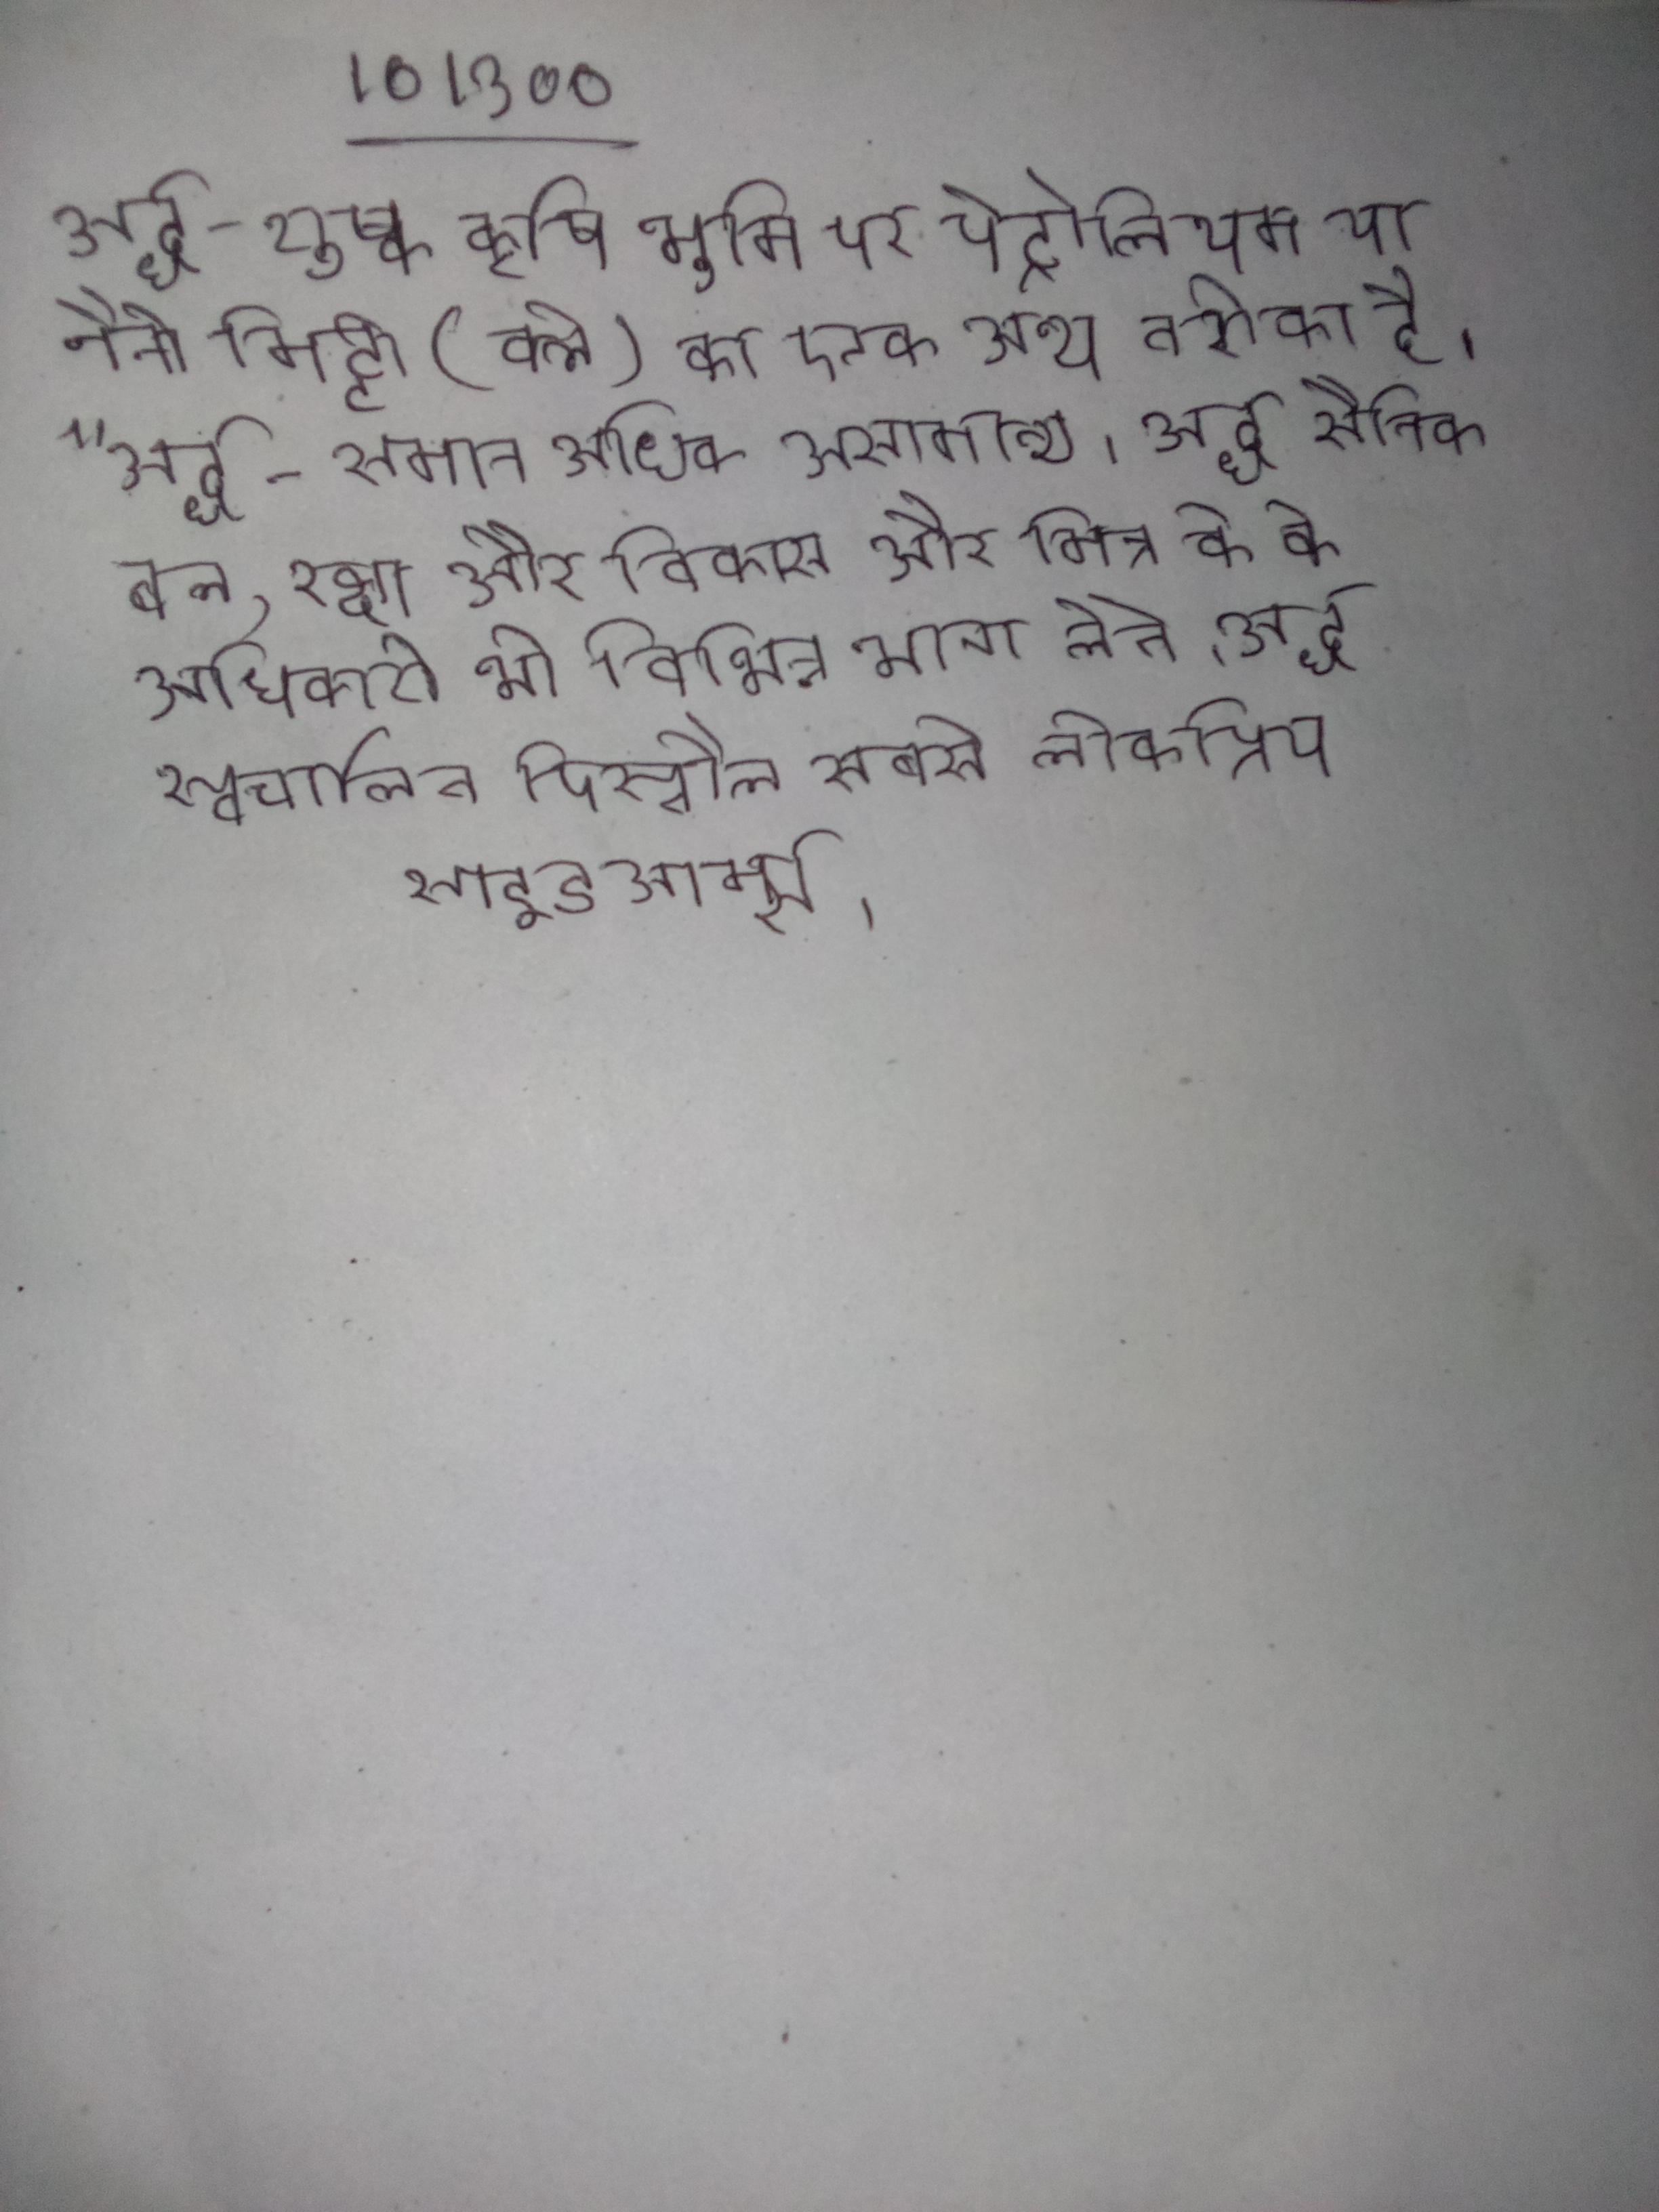
अर्द्ध-शुष्क कृषि भूमि पर पेट्रोलियम या नैनो मिट्टी (क्ले) का एक अन्य तरीका है । "अर्द्ध-समान अधिक असामान्य । अर्द्ध सैनिक बल, रक्षा और विकास और मित्र के के अधिकारी भी विभिन्न भाग लेते । अर्द्ध स्वचालित पिस्तौल सबसे लोकप्रिय साइडआर्म्स ।